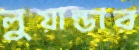
লুয়ান্ডার